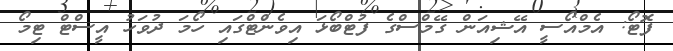
ފޮޓޯ: އެމްއޯސީ އޭޝިއަން ގޭމްސްގެ ފުޓްބޯޅަ އިވެންޓްގައި ހޯމަ ދުވަހު އީސްޓް ޓިމޯ